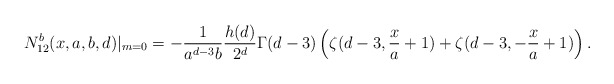
\begin{align*}N_{12}^{b}(x,a,b,d)|_{m=0}=-\frac{1}{a^{d-3}b}\frac{h(d)}{2^{d}}\Gamma(d-3)\left(\zeta(d-3,\frac{x}{a}+1)+\zeta(d-3,-\frac{x}{a}+1)\right).\end{align*}